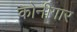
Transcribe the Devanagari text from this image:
कोनीगार